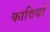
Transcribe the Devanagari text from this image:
कादियों